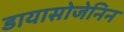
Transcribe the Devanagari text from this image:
डायासोजेनिन